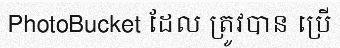
PhotoBucket ដែល ត្រូវបាន ប្រើ